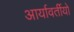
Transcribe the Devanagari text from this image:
आर्यावर्तीयों